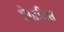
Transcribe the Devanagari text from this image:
रोगाटिस